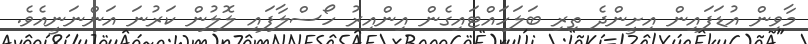
މާވިން އުޑަފައިން އިށީންދެ ތިރި ބަލަހައްޓައިގެން އިންއިރު ހޯސްލާފައި ލޮލުން ކަރުނަ އަންނަނީއެވެ.